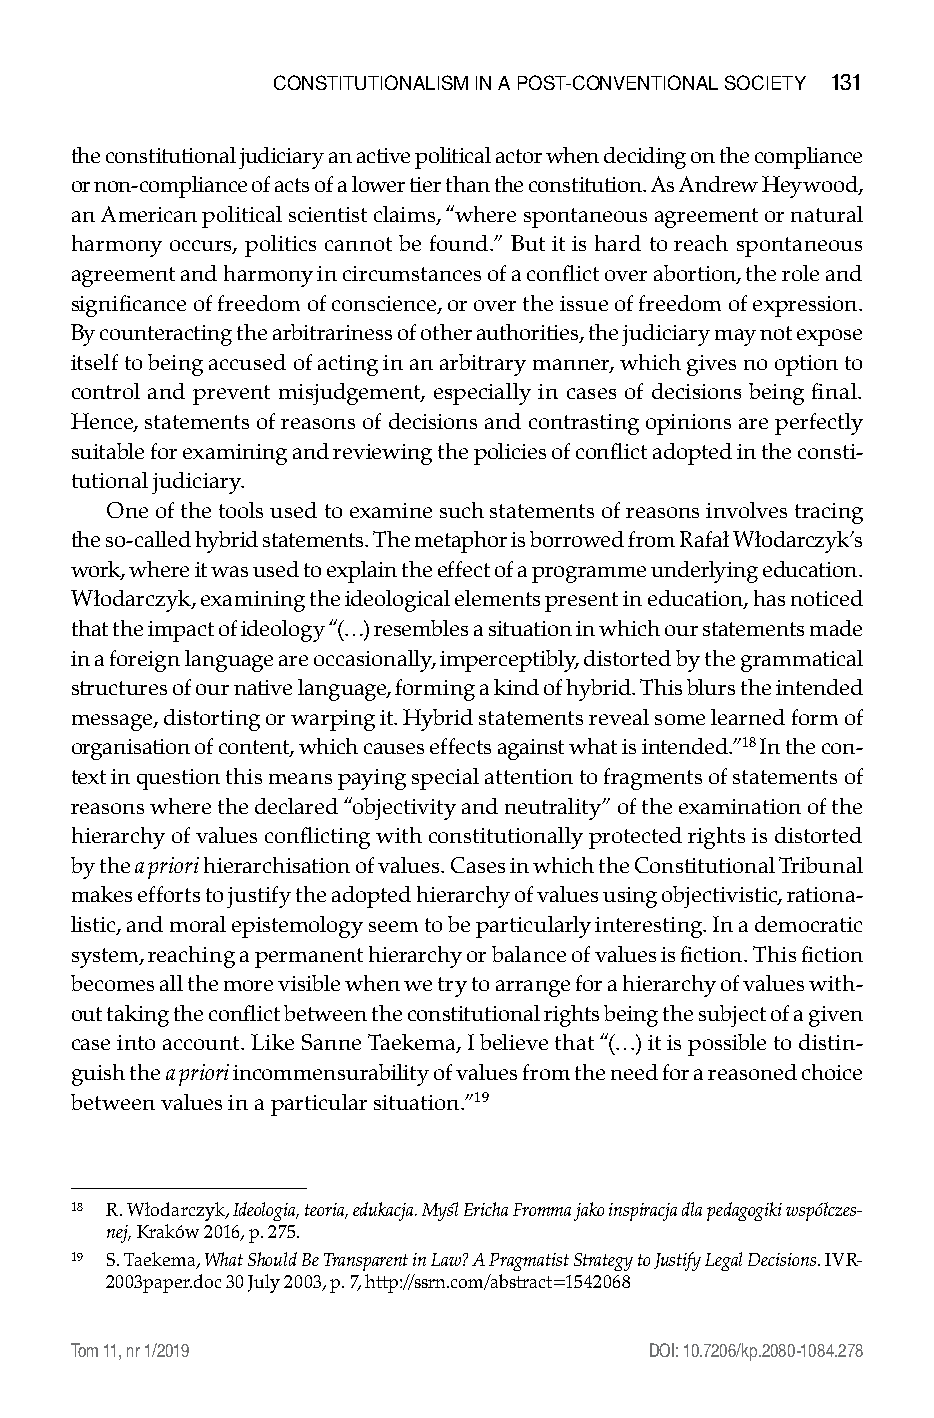
constitutionalisM in a Post-conventional society 131
 the constitutional judiciary an active political actor when deciding on the compliance
 or non-compliance of acts of a lower tier than the constitution. As Andrew Heywood,
 an American political scientist claims, “where spontaneous agreement or natural
 harmony occurs, politics cannot be found.” But it is hard to reach spontaneous
 agreement and harmony in circumstances of a conflict over abortion, the role and
 significance of freedom of conscience, or over the issue of freedom of expression.
 By counteracting the arbitrariness of other authorities, the judiciary may not expose
 itself to being accused of acting in an arbitrary manner, which gives no option to
 control and prevent misjudgement, especially in cases of decisions being final.
 Hence, statements of reasons of decisions and contrasting opinions are perfectly
 suitable for examining and reviewing the policies of conflict adopted in the consti-
 tutional judiciary.
 One of the tools used to examine such statements of reasons involves tracing
 the so-called hybrid statements. The metaphor is borrowed from Rafał Włodarczyk’s
 work, where it was used to explain the effect of a programme underlying education.
 Włodarczyk, examining the ideological elements present in education, has noticed
 that the impact of ideology “(…) resembles a situation in which our statements made
 in a foreign language are occasionally, imperceptibly, distorted by the grammatical
 structures of our native language, forming a kind of hybrid. This blurs the intended
 message, distorting or warping it. Hybrid statements reveal some learned form of
 organisation of content, which causes effects against what is intended.”18 In the con-
 text in question this means paying special attention to fragments of statements of
 reasons where the declared “objectivity and neutrality” of the examination of the
 hierarchy of values conflicting with constitutionally protected rights is distorted
 by the a priori hierarchisation of values. Cases in which the Constitutional Tribunal
 makes efforts to justify the adopted hierarchy of values using objectivistic, rationa-
 listic, and moral epistemology seem to be particularly interesting. In a democratic
 system, reaching a permanent hierarchy or balance of values is fiction. This fiction
 becomes all the more visible when we try to arrange for a hierarchy of values with-
 out taking the conflict between the constitutional rights being the subject of a given
 case into account. Like Sanne Taekema, I believe that “(…) it is possible to distin-
 guish the a priori incommensurability of values from the need for a reasoned choice
 between values in a particular situation.”19
 18 R. Włodarczyk, Ideologia, teoria, edukacja. Myśl Ericha Fromma jako inspiracja dla pedagogiki współczes-
 nej, Kraków 2016, p. 275.
 19 S. Taekema, What Should Be Transparent in Law? A Pragmatist Strategy to Justify Legal Decisions. IVR-
 2003paper.doc 30 July 2003, p. 7, http://ssrn.com/abstract=1542068
 Tom 11, nr 1/2019                      DOI: 10.7206/kp.2080-1084.278